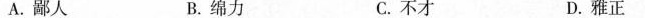
A.鄙人 B.绵力 C.不才 D.雅正